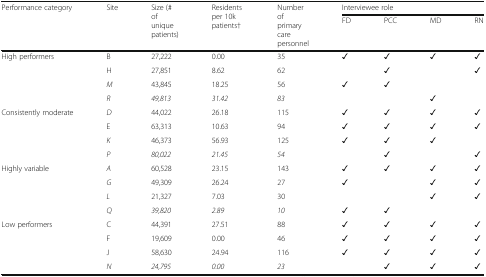
<table><thead><tr><td rowspan="2"><b>Performance category</b></td><td rowspan="2"><b>Site</b></td><td rowspan="2"><b>Size (# of unique patients)</b></td><td rowspan="2"><b>Residents per 10k patients†</b></td><td rowspan="2"><b>Number of primary care personnel</b></td><td colspan="4"><b>Interviewee role</b></td></tr><tr><td><b>FD</b></td><td><b>PCC</b></td><td><b>MD</b></td><td><b>RN</b></td></tr></thead><tbody><tr><td rowspan="4">High performers</td><td>B</td><td>27,222</td><td>0.00</td><td>35</td><td>✓</td><td>✓</td><td>✓</td><td>✓</td></tr><tr><td>H</td><td>27,851</td><td>8.62</td><td>62</td><td></td><td>✓</td><td></td><td>✓</td></tr><tr><td><i>M</i></td><td>43,845</td><td>18.25</td><td>56</td><td>✓</td><td>✓</td><td></td><td></td></tr><tr><td><i>R</i></td><td><i>49,813</i></td><td><i>31.42</i></td><td><i>83</i></td><td></td><td></td><td>✓</td><td></td></tr><tr><td rowspan="4">Consistently moderate</td><td><i>D</i></td><td>44,022</td><td>26.18</td><td>115</td><td>✓</td><td>✓</td><td>✓</td><td>✓</td></tr><tr><td>E</td><td>63,313</td><td>10.63</td><td>94</td><td>✓</td><td>✓</td><td>✓</td><td>✓</td></tr><tr><td><i>K</i></td><td>46,373</td><td>56.93</td><td>125</td><td>✓</td><td>✓</td><td>✓</td><td></td></tr><tr><td><i>P</i></td><td><i>80,022</i></td><td><i>21.45</i></td><td><i>54</i></td><td></td><td>✓</td><td></td><td>✓</td></tr><tr><td rowspan="4">Highly variable</td><td><i>A</i></td><td>60,528</td><td>23.15</td><td>143</td><td>✓</td><td>✓</td><td>✓</td><td>✓</td></tr><tr><td><i>G</i></td><td>49,309</td><td>26.24</td><td>27</td><td>✓</td><td></td><td>✓</td><td>✓</td></tr><tr><td><i>L</i></td><td>21,327</td><td>7.03</td><td>30</td><td></td><td></td><td>✓</td><td>✓</td></tr><tr><td><i>Q</i></td><td><i>39,820</i></td><td><i>2.89</i></td><td><i>10</i></td><td>✓</td><td>✓</td><td></td><td></td></tr><tr><td rowspan="4">Low performers</td><td>C</td><td>44,391</td><td>27.51</td><td>88</td><td>✓</td><td>✓</td><td>✓</td><td>✓</td></tr><tr><td>F</td><td>19,609</td><td>0.00</td><td>46</td><td>✓</td><td>✓</td><td>✓</td><td>✓</td></tr><tr><td>J</td><td>58,630</td><td>24.94</td><td>116</td><td>✓</td><td>✓</td><td>✓</td><td>✓</td></tr><tr><td><i>N</i></td><td><i>24,795</i></td><td><i>0.00</i></td><td><i>23</i></td><td></td><td>✓</td><td>✓</td><td>✓</td></tr></tbody></table>